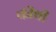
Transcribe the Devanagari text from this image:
कीथी